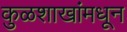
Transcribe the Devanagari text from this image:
कुळशाखांमधून